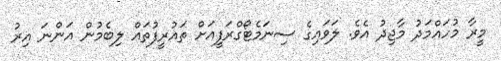
މީރާ މުހައްމަދު މާޖިދު އެވެ. ލަވައިގެ ސިނަމެޓޯގްރަފީއަށް ތައުރީފުތައް ލިބެމުން އަންނަ އިރު